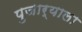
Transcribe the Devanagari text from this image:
पुजार्‍याला